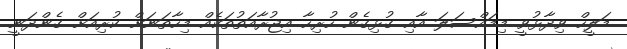
މަލީހް ވިދާޅުވީ މިމައްސަލަ އާއި ގުޅިގެން ހުރިހާ އިޖުރާއަތުތަކެއް މިހާތަނަށް ކުރިއަށް ގެންދަނީ